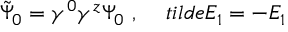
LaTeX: \tilde { \Psi } _ { 0 } = \gamma ^ { 0 } \gamma ^ { z } \Psi _ { 0 } \ , \ \ \ \, t i l d e { E _ { 1 } } = - E _ { 1 }